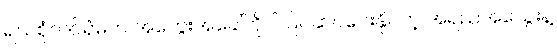
ရသစုံလင်ရုံမက အတွေးအခေါ်ကိုပါ ပြင်ဆင်ပေးနိုင်တဲ့ အရည်အသွေးနဲ့